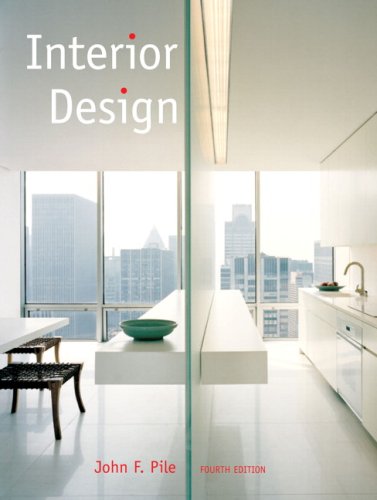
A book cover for Interior Design (4th Edition); John F. Pile; Arts & Photography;